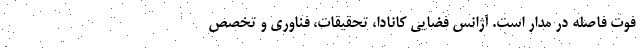
فوت فاصله در مدار است. آژانس فضایی کانادا، تحقیقات، فناوری و تخصص